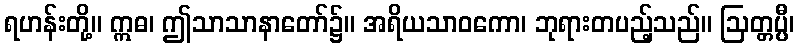
ရဟန်းတို့။ ဣဓ၊ ဤသာသာနာတော်၌။ အရိယသာဝကော၊ ဘုရားတပည့်သည်။ ဩတ္တပ္ပီ၊